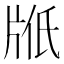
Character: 𤖿